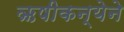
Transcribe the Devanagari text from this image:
ऋषीकन्येने